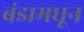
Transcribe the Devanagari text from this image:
बंडामधून